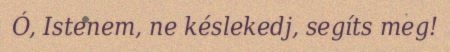
Ó, Istenem, ne késlekedj, segíts meg!